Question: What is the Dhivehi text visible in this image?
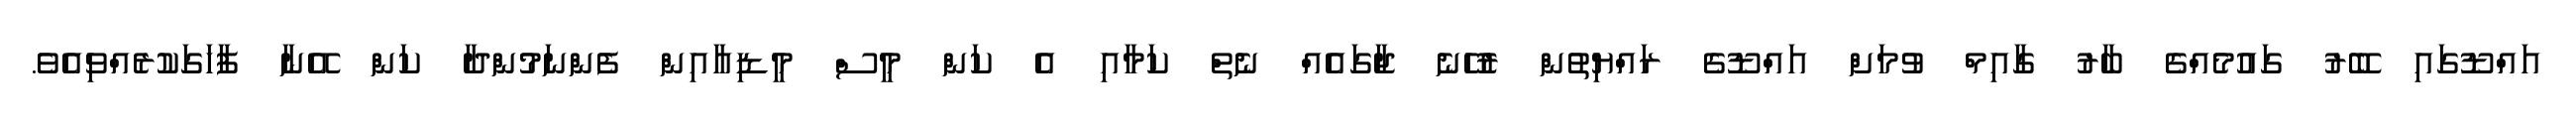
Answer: އައްޑޫގައި ބޭރު ގައުމެއްގެ ބާރު ގާއިމް ވުމަށް އައްޑޫގެ ރައްޔިތުން ރުހޭނެ ޖާގައެއް ނެތް ކަމާއި އެ ކަން މީސް މީޑިއާއިން ފެންނަމުންދާ ކަން އޭނާ ފާހަގަކުރެއްވިއެވެ.